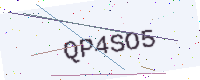
Text: QP4SO5